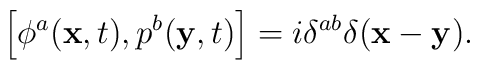
\left[ \phi^a({\bf x},t),p^b({\bf y},t)\right] =i\delta^{ab}\delta({\bf x}-{\bf y}).